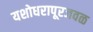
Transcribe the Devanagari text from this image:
यशोधरापूरजवळ